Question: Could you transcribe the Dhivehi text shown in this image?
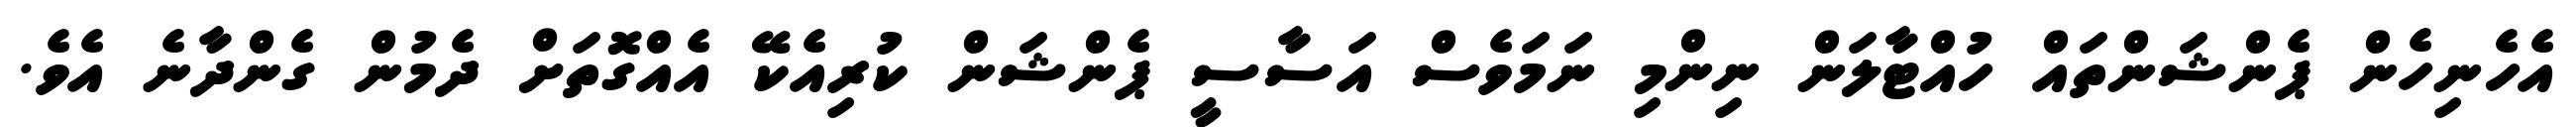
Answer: އެހެނިހެން ޕެންޝަންތައް ހުއްޓާލަން ނިންމި ނަމަވެސް އަސާސީ ޕެންޝަން ކުރިއެކޭ އެއްގޮތަށް ދެމުން ގެންދާނެ އެވެ.